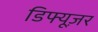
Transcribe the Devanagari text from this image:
डिफ्यूज़र